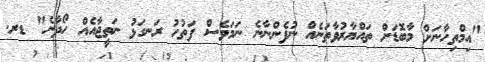
"އިމްތިހާނަށް މާބޮޑަށް ތައްޔާރުވާތަނެއް ނުފެންނާނެ ނަމަވެސް ފަތުހު ރަނގަޅު ނަތީޖާއެއް ހޯދާނެ" ޑރ.